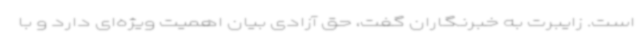
است. زایبرت به خبرنگاران گفت، حق آزادی بیان اهمیت ویژه‌ای دارد و با